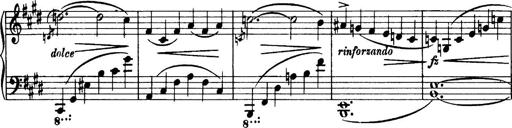
Title: 3 Sonatinas, Op.67
Composer: Jean Sibelius